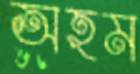
অহম